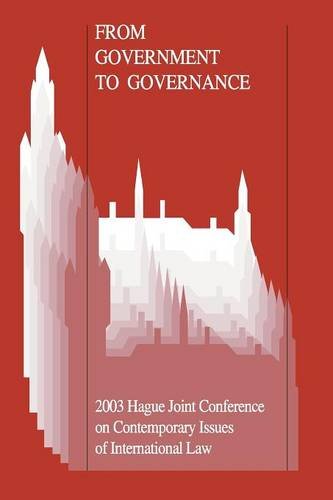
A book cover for From Government to Governance: The Growing Impact of Non-State Actors on the International and European Legal System; Law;